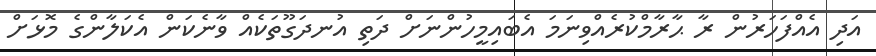
އަދި އެއްފަހަރުން ރާ ޙާރާމްކުރެއްވިނަމަ އެބައިމީހުންނަށް ދަތި އުނދަގޫތަކެއް ވާނެކަން އެކަލާންގެ މޮޅަށް